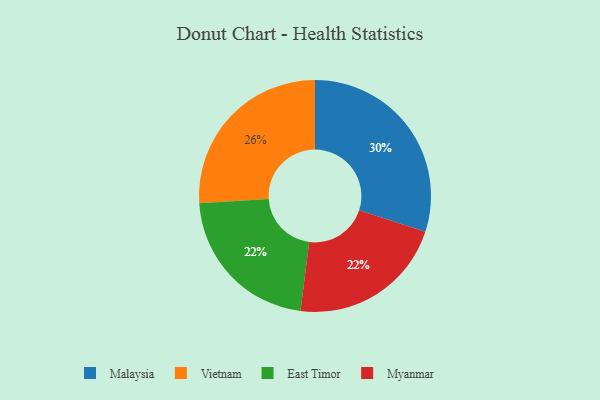
{"axis": {"x": "Category", "y": "Percentage"}, "legend": ["East Timor", "Malaysia", "Myanmar", "Vietnam"], "data": [{"x": "East Timor", "y": 22, "type": "East Timor"}, {"x": "Vietnam", "y": 26, "type": "Vietnam"}, {"x": "Malaysia", "y": 30, "type": "Malaysia"}, {"x": "Myanmar", "y": 22, "type": "Myanmar"}]}